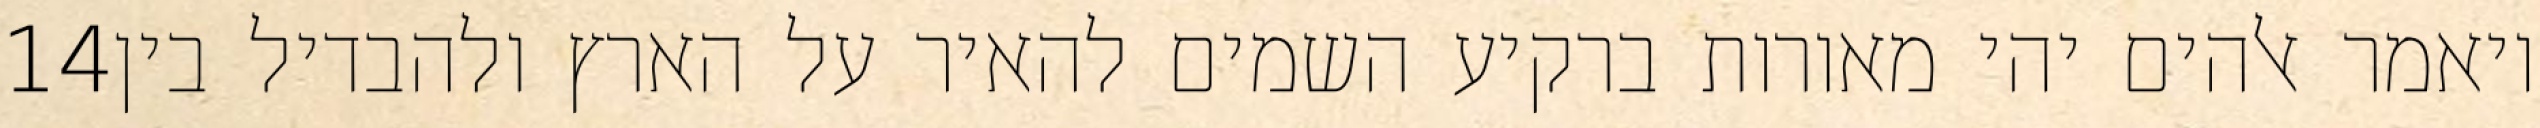
‎14‏ ויאמר אלהים יהי מאורות ברקיע השמים להאיר על הארץ ולהבדיל בין